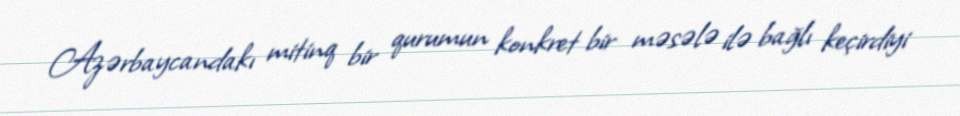
Azərbaycandakı mitinq bir qurumun konkret bir məsələ ilə bağlı keçirdiyi